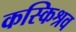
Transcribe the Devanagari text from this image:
कस्किश्रव